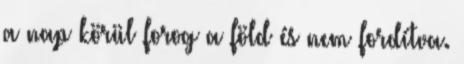
a nap körül forog a föld és nem fordítva.